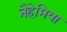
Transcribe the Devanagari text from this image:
नैहेमिया